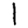
Digit: 1